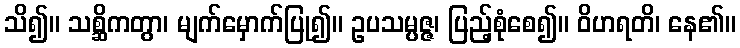
သိ၍။ သစ္ဆိကတွာ၊ မျက်မှောက်ပြု၍။ ဥပသမ္ပဇ္ဇ၊ ပြည့်စုံစေ၍။ ဝိဟရတိ၊ နေ၏။